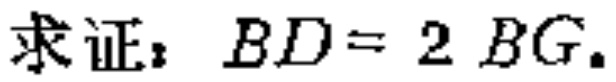
求证：\(BD = 2BG\).